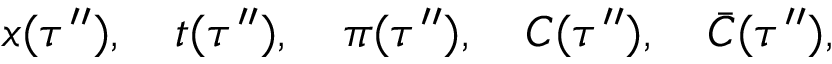
x ( \tau ^ { \prime \prime } ) , \quad t ( \tau ^ { \prime \prime } ) , \quad \pi ( \tau ^ { \prime \prime } ) , \quad { \cal C } ( \tau ^ { \prime \prime } ) , \quad { \bar { \cal C } } ( \tau ^ { \prime \prime } ) ,